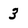
Character: 3